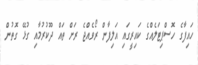
ހައިފާގެ ހޮސްޕިޓަލެއްގެ ކައިރީގައި އަލިފާން ރޯވެއްޖެ ރަށް ތައް ދޫކުރުމާއި ގުޅޭ ގޮތުން